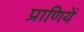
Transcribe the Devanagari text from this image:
प्राणियें